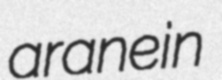
aranein